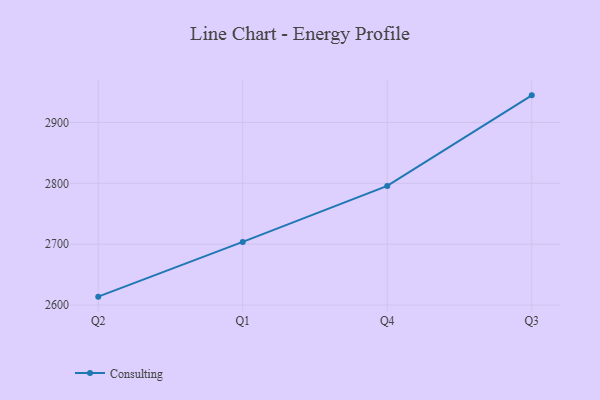
{"axis": {"x": "Quarter", "y": "Budget (USD K)"}, "legend": ["Consulting"], "data": [{"x": "Q2", "y": 2613.8, "type": "Consulting"}, {"x": "Q1", "y": 2703.7, "type": "Consulting"}, {"x": "Q4", "y": 2795.7, "type": "Consulting"}, {"x": "Q3", "y": 2944.5, "type": "Consulting"}]}